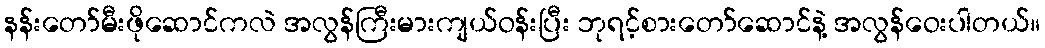
နန်းတော်မီးဖိုဆောင်ကလဲ အလွန်ကြီးမားကျယ်ဝန်းပြီး ဘုရင့်စားတော်ဆောင်နဲ့ အလွန်ဝေးပါတယ်။